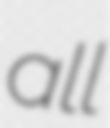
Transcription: all